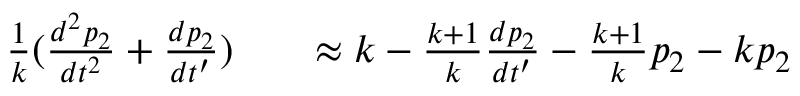
\begin{array} { r l r } { \frac { 1 } { k } ( \frac { d ^ { 2 } p _ { 2 } } { d t ^ { 2 } } + \frac { d p _ { 2 } } { d t ^ { \prime } } ) } & { { } } & { \approx k - \frac { k + 1 } { k } \frac { d p _ { 2 } } { d t ^ { \prime } } - \frac { k + 1 } { k } p _ { 2 } - k p _ { 2 } } \end{array}